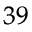
^ { 3 9 }